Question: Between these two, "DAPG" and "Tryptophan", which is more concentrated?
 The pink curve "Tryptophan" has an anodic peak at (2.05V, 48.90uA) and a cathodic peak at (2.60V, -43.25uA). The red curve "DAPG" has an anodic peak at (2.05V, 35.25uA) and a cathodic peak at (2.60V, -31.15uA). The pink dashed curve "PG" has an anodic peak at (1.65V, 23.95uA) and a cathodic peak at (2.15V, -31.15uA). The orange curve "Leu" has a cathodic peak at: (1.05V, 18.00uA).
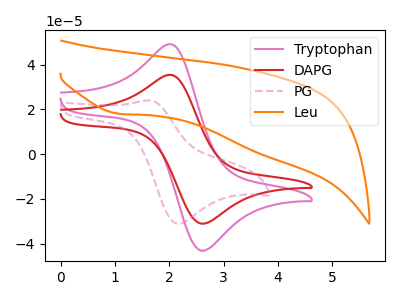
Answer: <think>All the peaks in "DAPG" have a peak in "Tryptophan" at the same potential. Every peak in "DAPG" is lower than every peak in "Tryptophan".
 </think>
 <answer>"DAPG" has less signal than "Tryptophan" and so likely has a lower concentration.</answer>
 <eval>less_concentration</eval>